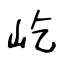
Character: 屹